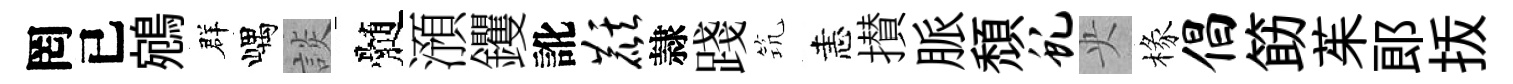
罔已鵷群嵎談髄澦钁訛麒隷踐𥬑恚攅脈頹虬央椽倡筯茱郞㧞